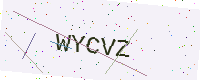
Text: WYCVZ